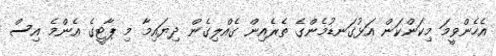
އެހެންވީމަ މިކަންކަން އަޅުގަނޑުމެންގެ ތެރެއިން ގެއްލިގެން ދިޔައިމާ މި ޕާޓީގެ އެންމެ އިސް